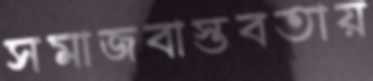
সমাজবাস্তবতায়